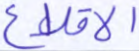
الاقلاع